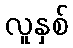
လူနှစ်